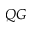
Q G